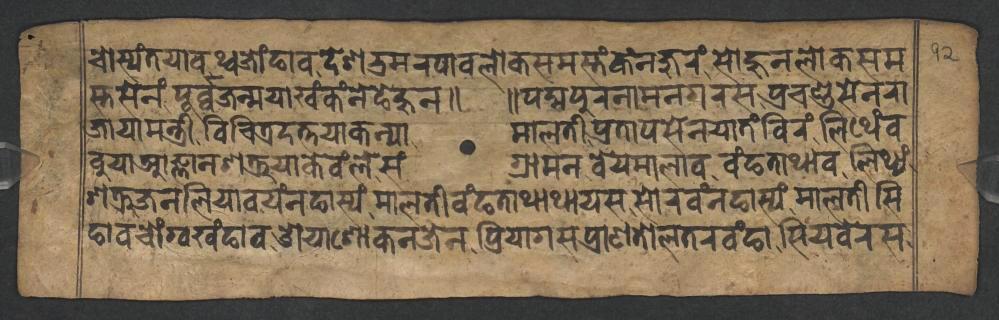
𑐔𑑀𑐳𑑂𑐫𑑄𑐟𑐫𑐵𑐰𑐠𑑂𑐰𑐖𑑀𑑄𑐒𑐵𑐰𑐡𑐾𑐱𑐨𑑂𑐬𑐩𑐬𑐥𑐵𑐰𑐮𑑀𑐎𑐳𑐩𑐳𑑂𑐟𑑄𑐎𑑄𑐣𑐖𑐸𑐬𑑄𑐳𑑀𑐴𑐸𑐣𑐮𑑀𑐎𑐳𑐩 𑐳𑑂𑐟𑐳𑐾𑐣𑑄𑐥𑐹𑐬𑑂𑐰𑑂𑐰𑐖𑐣𑑂𑐩𑐫𑐵𑐏𑑄𑐎𑑄𑐣𑐾𑐒𑐾𑐴𑐸𑐣𑑌 𑑌𑐥𑐡𑑂𑐩𑐥𑐸𑐬𑐣𑐵𑐩𑐣𑐐𑐬𑐳𑐥𑑂𑐬𑐔𑐞𑑂𑐜𑐳𑐾𑐣𑐬𑐵 𑐖𑐵𑐫𑐵𑐩𑐣𑑂𑐟𑑂𑐬𑐷𑐰𑐶𑐔𑐶𑐟𑑂𑐬𑐡𑐟𑑂𑐟𑐫𑐵𑐎𑐣𑑂𑐫𑐵𑐩𑐵𑐮𑐟𑐷𑐥𑑂𑐬𑐟𑐵𑐥𑐳𑐾𑐣𑐫𑐵𑐟𑑄𑐧𑐶𑐬𑑄𑐮𑐶𑐠𑐾𑑄𑐧 𑐧𑐸𑐫𑐵𑐁𑐖𑑂𑐘𑐵𑐣𑐱𑐟𑑂𑐬𑐸𑐫𑐵𑐎𑐾𑐰𑑄𑐮𑐾𑐳𑑄𑐐𑑂𑐬𑐵𑐩𑐣𑐧𑐾𑐫𑐩𑐵𑐮𑐵𑐰𑐰𑑄𑐒𑐟𑐵𑐠𑐵𑐰𑐮𑐶𑐠𑑂𑐫𑑄 𑐱𑐟𑑂𑐬𑐸𑐖𑐣𑐮𑐶𑐫𑐵𑐰𑐫𑑄𑐣𑐒𑐵𑐳𑑂𑐫𑑄𑐩𑐵𑐮𑐟𑐷𑐰𑑄𑐒𑐟𑐵𑐠𑐵𑐠𑐵𑐫𑐳𑐳𑑀𑐬𑐰𑑄𑐣𑐒𑐵𑐳𑑂𑐫𑑄𑐩𑐵𑐮𑐟𑐷𑐳𑐶 𑐒𑐵𑐰𑐔𑑀𑑄𑐐𑑂𑐰𑐏𑑄𑐒𑐵𑐰𑐌𑐫𑐵𑐱𑑀𑐎𑐣𑐖𑐾𑐣𑐥𑑂𑐬𑐶𑐫𑐵𑐐𑐳𑐥𑑂𑐬𑐵𑐞𑐟𑑀𑐮𑐟𑐬𑐰𑑄𑐒𑐵𑐳𑐶𑐫𑐧𑐾𑐬𑐳